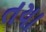
તયા